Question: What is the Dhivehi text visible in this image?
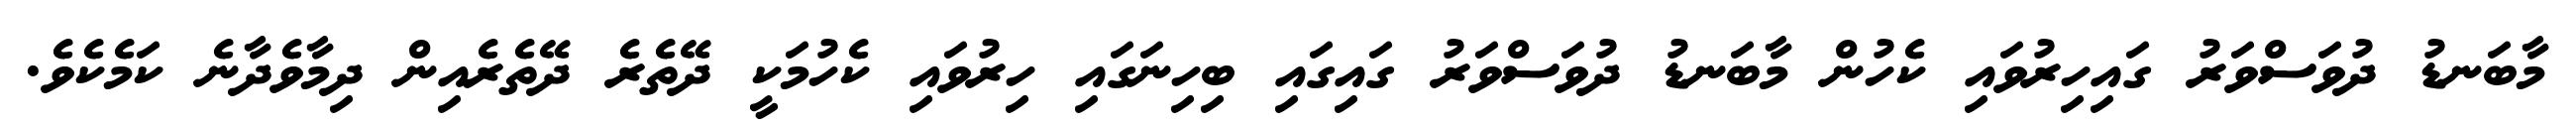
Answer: މާބަނޑު ދުވަސްވަރު ގައިހިރުވައި ކެހުން މާބަނޑު ދުވަސްވަރު ގައިގައި ބިހިނަގައި ހިރުވައި ކެހުމަކީ ދޭތެރެ ދޭތެރެއިން ދިމާވެދާނެ ކަމެކެވެ.